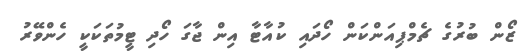
ޒޯން ބުރުގެ ޗެމްޕިއަންކަން ހޯދައި ކުއާޓާ އިން ޖާގަ ހޯދި ޓީމުތަކަކީ ހެންވޭރު